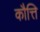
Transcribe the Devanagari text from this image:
कौत्ति